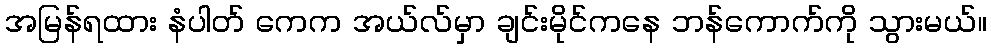
အမြန်ရထား နံပါတ် ကေက အယ်လ်မှာ ချင်းမိုင်ကနေ ဘန်ကောက်ကို သွားမယ်။